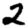
Digit: 2